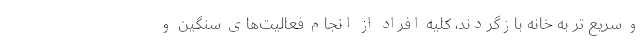
و سریع تر به خانه بازگردند، کلیه افراد از انجام فعالیت‌های سنگین و